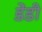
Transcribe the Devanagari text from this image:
डेंडी